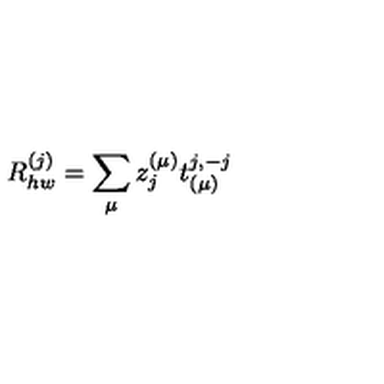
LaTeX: R _ { h w } ^ { ( j ) } = \sum _ { \mu } z _ { j } ^ { ( \mu ) } t _ { ( \mu ) } ^ { j , - j }